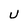
Character: U